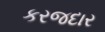
કરજદાર